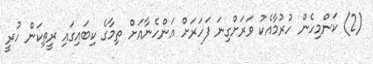
(2) ކަންމިހެން ހުރުމާއެކު ވަރަށްގިނަ ފަހަރަށް އަންހެނާއަށް ތިމާގެ ކިބައިގައި ރީތިކަން ހުރީ